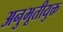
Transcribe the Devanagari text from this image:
अनुभूतीयुक्त